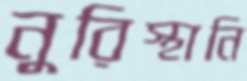
নুরিস্থানি